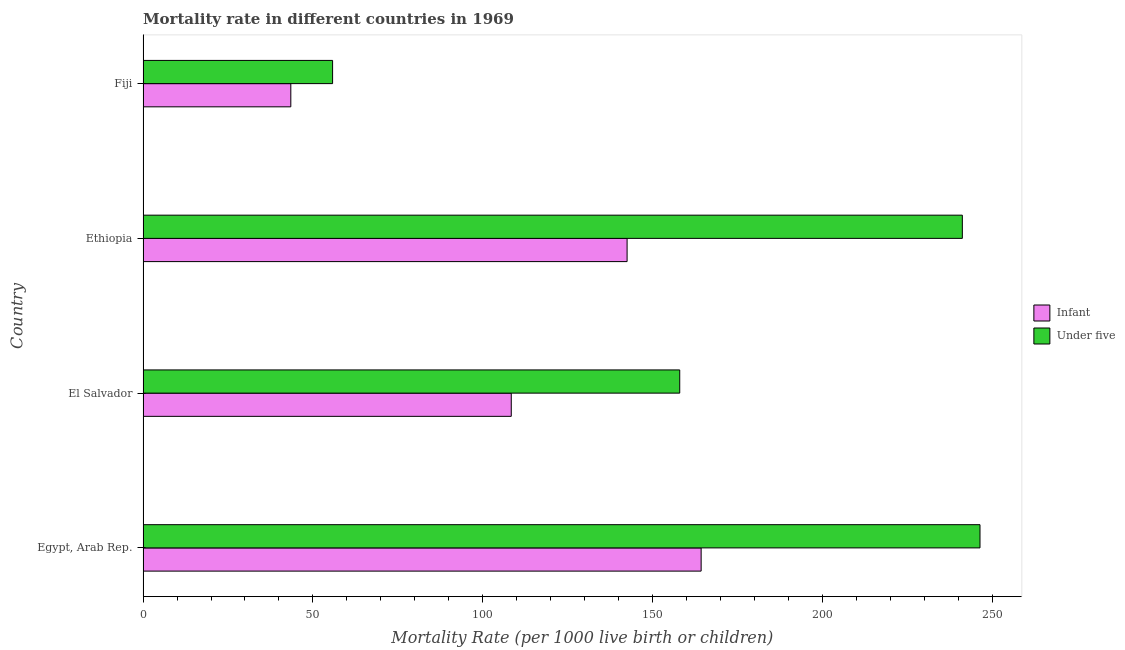
| Country | Infant | Under five |
 | --- | --- | --- |
 | Egypt, Arab Rep. | 164 | 246 |
 | El Salvador | 108 | 158 |
 | Ethiopia | 142 | 241 |
 | Fiji | 43.5 | 55.8 |